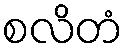
စလိတံ